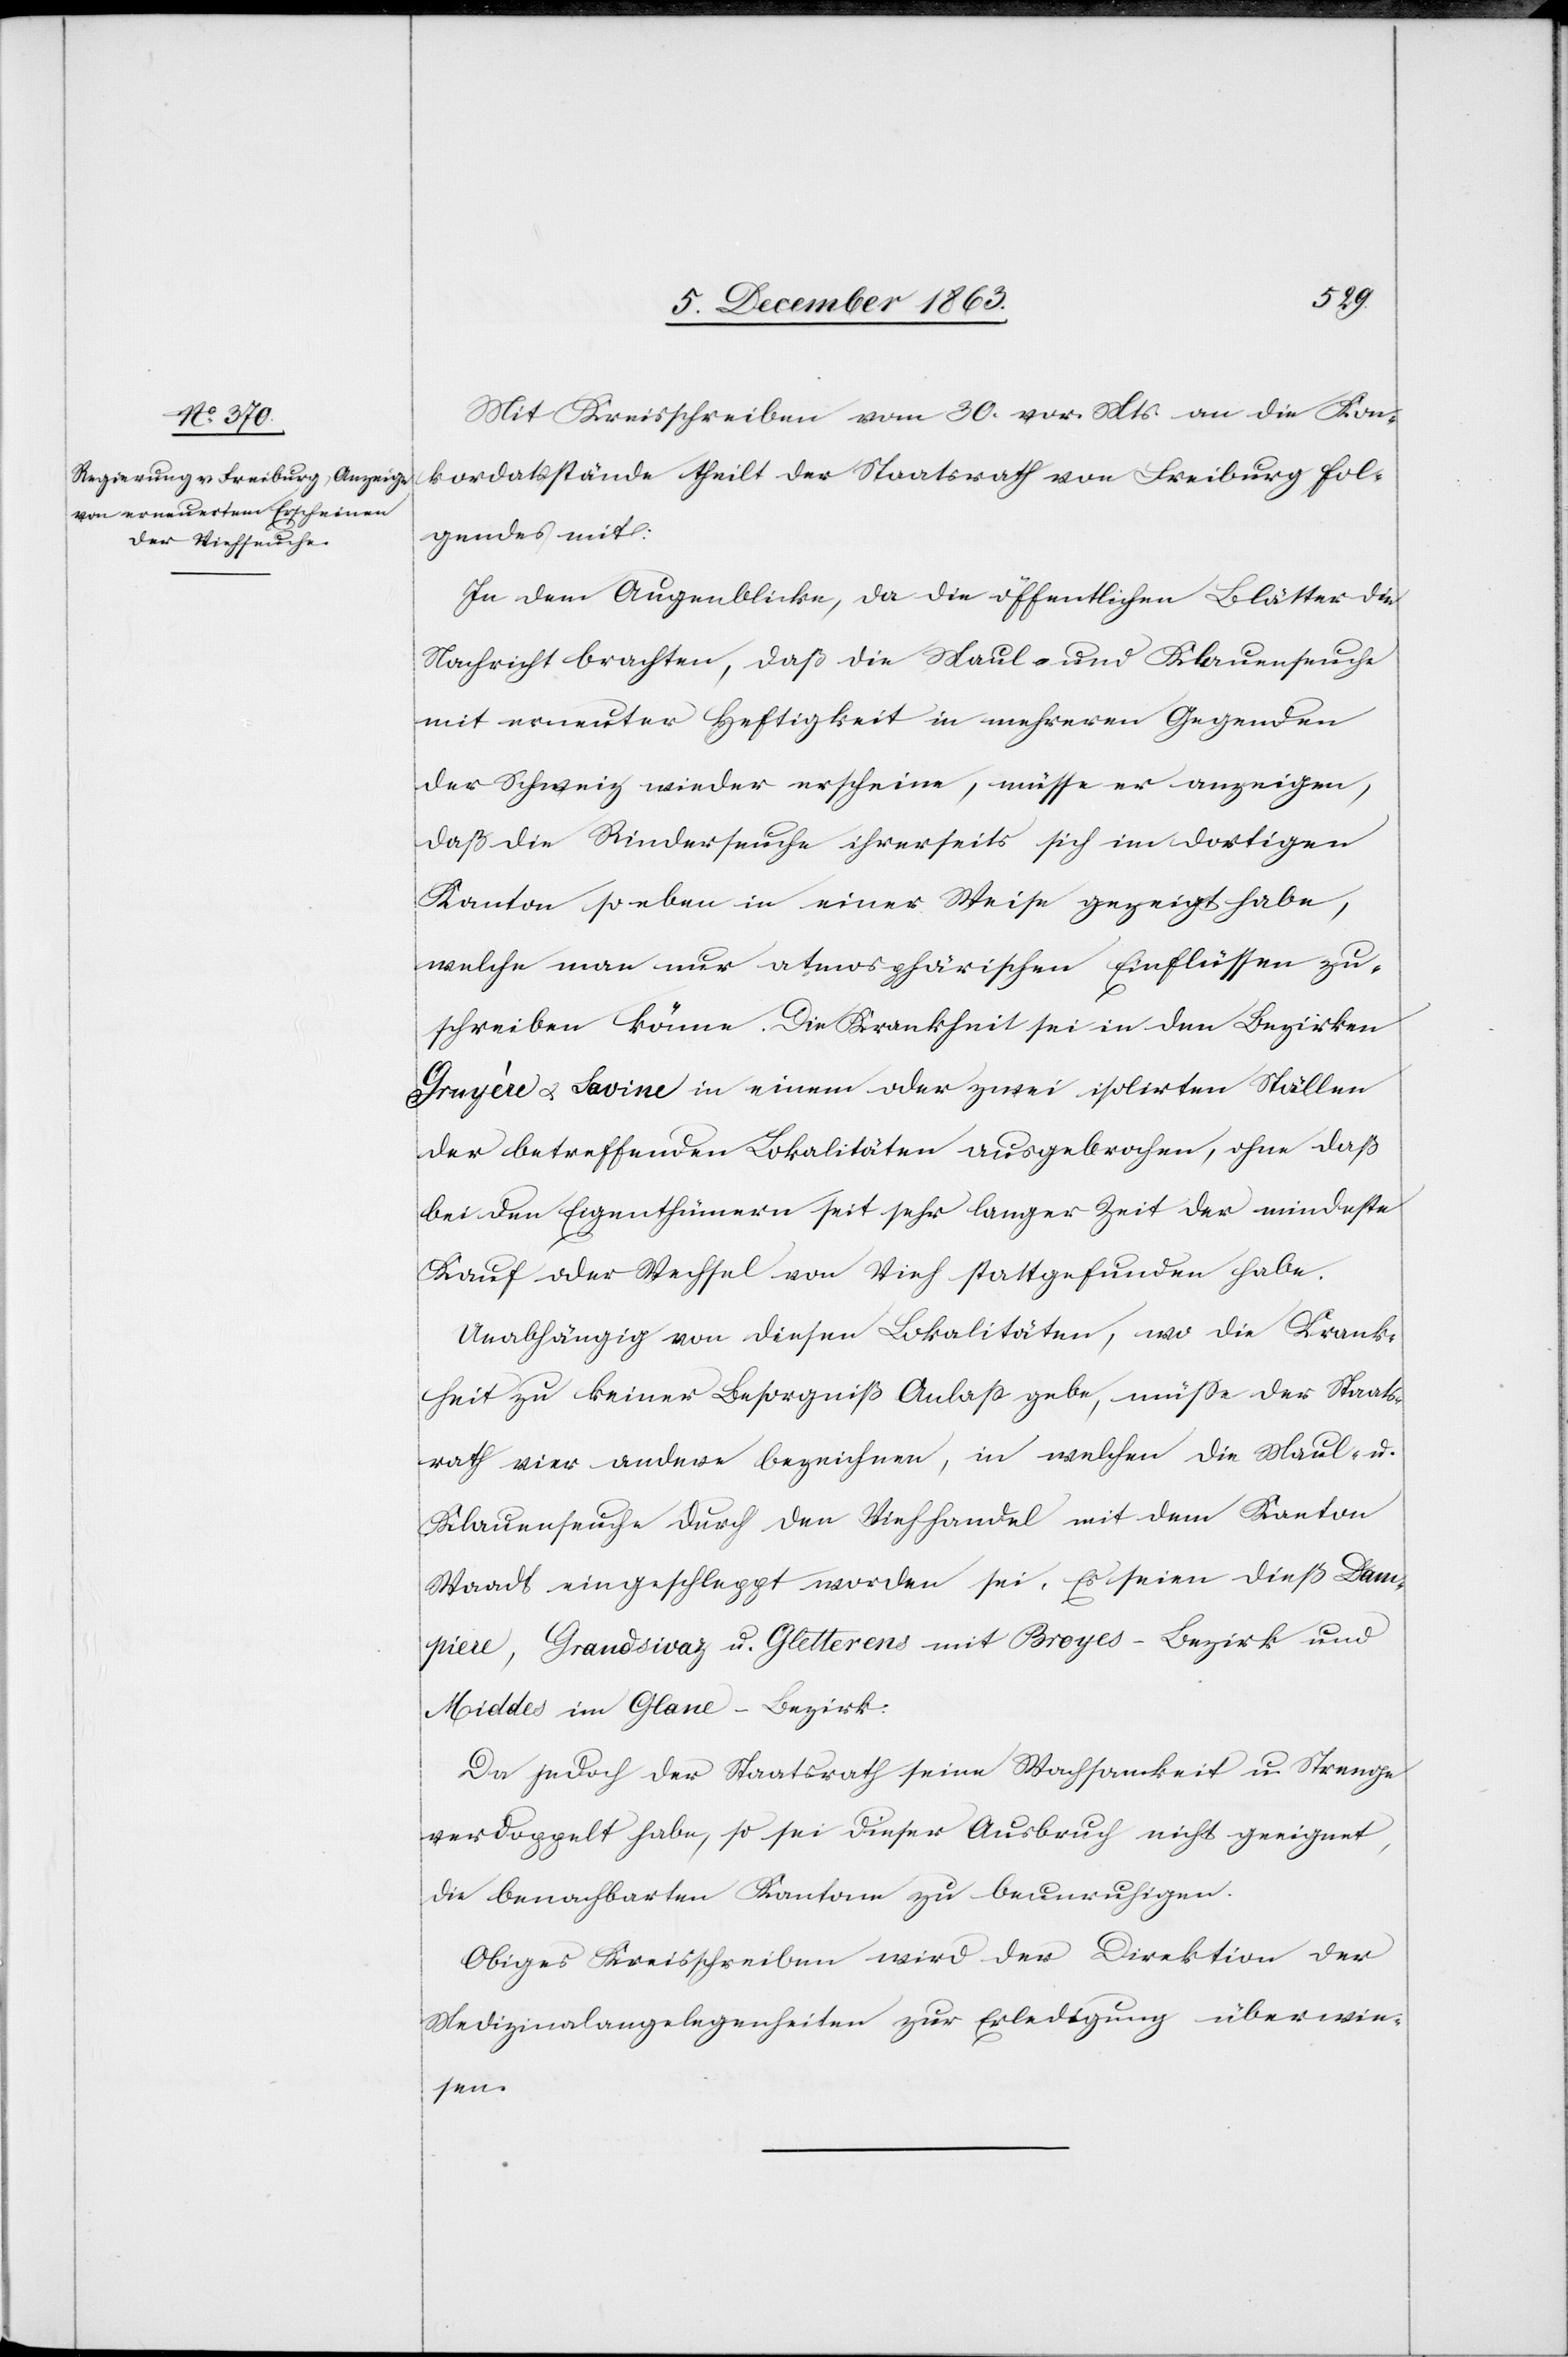
Mit Kreisschreiben vom 30. vor. Mts. an die Kon¬
kordatsstände theilt der Staatsrath von Freiburg fol¬
gendes mit:
In dem Augenblicke, da die öffentlichen Blätter die
Nachricht brachten, daß die Maul- und Klauenseuche
mit erneuter Heftigkeit in mehreren Gegenden
der Schweiz wieder erscheine, müsse er anzeigen,
daß die Rinderseuche ihrerseits sich im dortigen
Kanton so eben in einer Weise gezeigt habe,
welche man nur atmosphärischen Einflüssen zu¬
schreiben könne. Die Krankheit sei in den Bezirken
u. Savine in einem oder zwei isolirten Ställen
der betreffenden Lokalitäten ausgebrochen, ohne daß
bei den Eigenthümern seit sehr langer Zeit der mindeste
Kauf oder Wechsel von Vieh stattgefunden habe.
Unabhängig von diesen Lokalitäten, wo die Krank¬
heit zu keiner Besorgnis Anlass gebe, müsse der Staats¬
rath vier andere bezeichnen, in welchen die Maul- u.
Klauenseuche durch den Viehhandel mit dem Kanton
Waadt eingeschleppt worden sei. Es seien dieß Dam¬
piere, Grandsivaz u. Gletterens mit Broyes-Bezirk und
Middes im Glane-Bezirk.
Da jedoch der Staatsrath seine Wachsamkeit u. Strenge
verdoppelt habe, so sei dieser Ausbruch nicht geeignet,
die benachbarten Kantone zu beunruhigen.
Obiges Kreisschreiben wird der Direktion der
Medizinalangelegenheiten zur Erledigung überwie¬
sen.